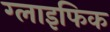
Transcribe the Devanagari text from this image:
ग्लाइफिक